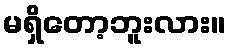
မရှိတော့ဘူးလား။